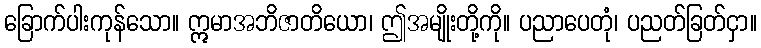
ခြောက်ပါးကုန်သော။ ဣမာအဘိဇာတိယော၊ ဤအမျိုးတို့ကို။ ပညာပေတုံ၊ ပညတ်ခြတ်ငှာ။